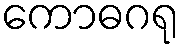
ကောဓဂရု